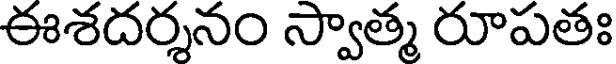
ఈశదర్శనం స్వాత్మ రూపతః